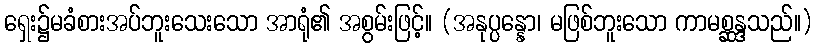
ရှေး၌မခံစားအပ်ဘူးသေးသော အာရုံ၏ အစွမ်းဖြင့်။ (အနုပ္ပန္နော၊ မဖြစ်ဘူးသော ကာမစ္ဆန္ဒသည်။)